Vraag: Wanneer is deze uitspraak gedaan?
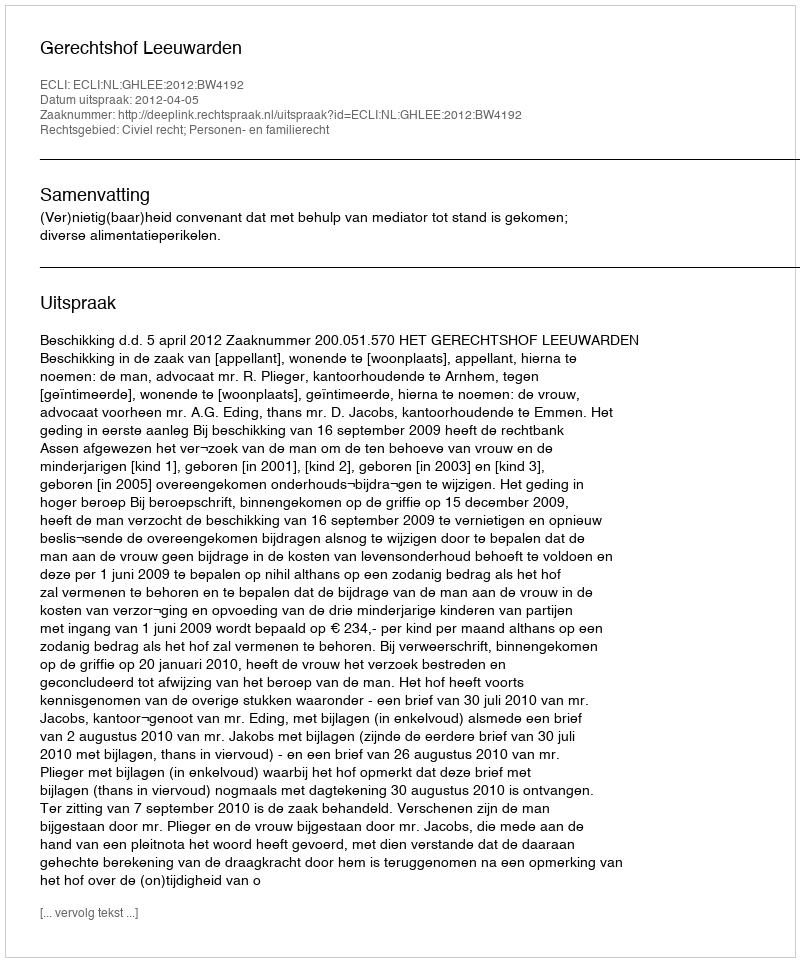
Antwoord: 2012-04-05